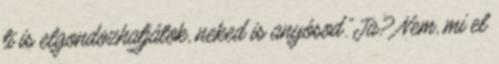
ti is elgondozhatjátok, neked is anyósod.”Ja? Nem, mi el